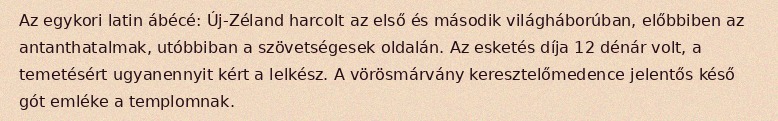
Az egykori latin ábécé: Új-Zéland harcolt az első és második világháborúban, előbbiben az antanthatalmak, utóbbiban a szövetségesek oldalán. Az esketés díja 12 dénár volt, a temetésért ugyanennyit kért a lelkész. A vörösmárvány keresztelőmedence jelentős késő gót emléke a templomnak.